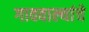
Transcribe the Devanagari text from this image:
गाववाल्यांचे